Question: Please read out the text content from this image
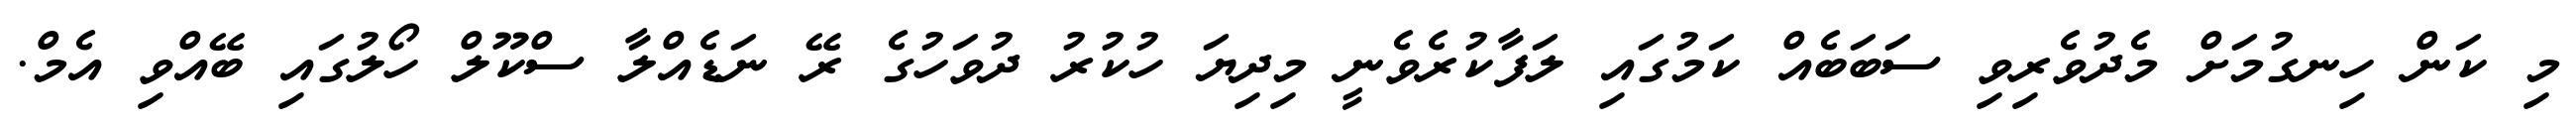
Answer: މި ކަން ހިނގުމަށް މެދުވެރިވި ސަބަބެއް ކަމުގައި ލަފާކުރެވެނީ މިދިޔަ ހުކުރު ދުވަހުގެ ރޭ ނަޑެއްލާ ސްކޫލް ހޯލުގައި ބޭއްވި އެމް.